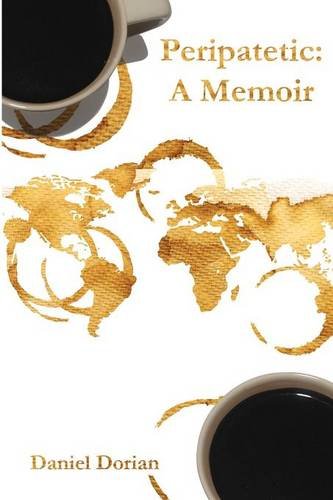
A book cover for Peripatetic: A Memoir: A French-American Citizen's Perspective on His Jewish Heritage and War, Love and Politics; Daniel H. Dorian; Biographies & Memoirs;